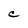
Character: C